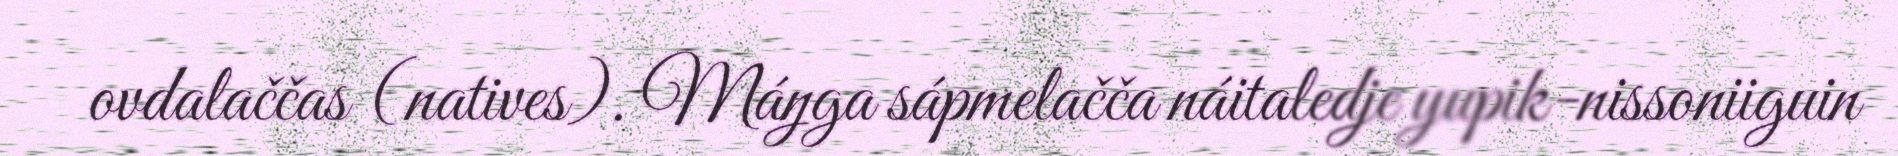
ovdalaččas (natives). Máŋga sápmelačča náitaledje yupik-nissoniiguin